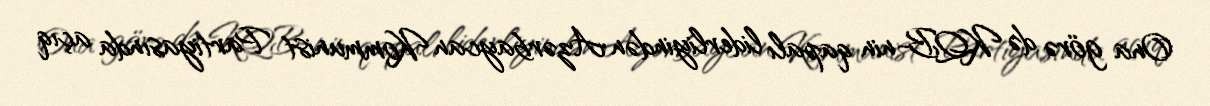
Ona görə də KQB-nin qapalı liderliyindən Azərbaycan Kommunist Partiyasında açıq